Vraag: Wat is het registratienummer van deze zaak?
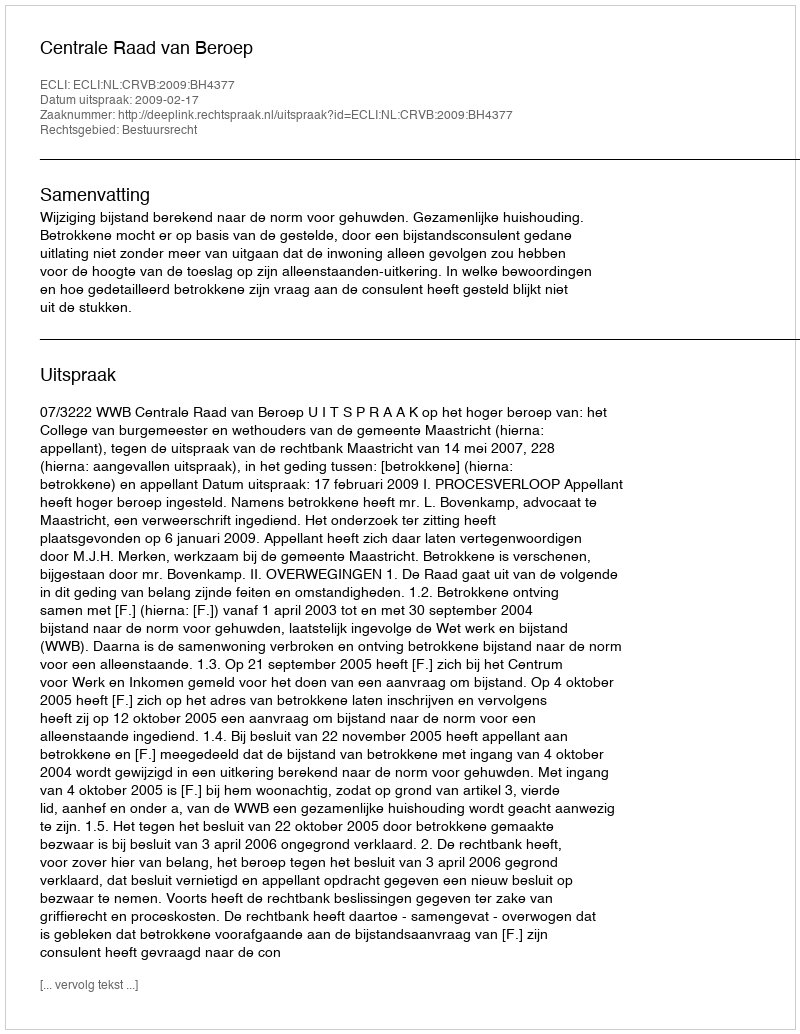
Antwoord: http://deeplink.rechtspraak.nl/uitspraak?id=ECLI:NL:CRVB:2009:BH4377